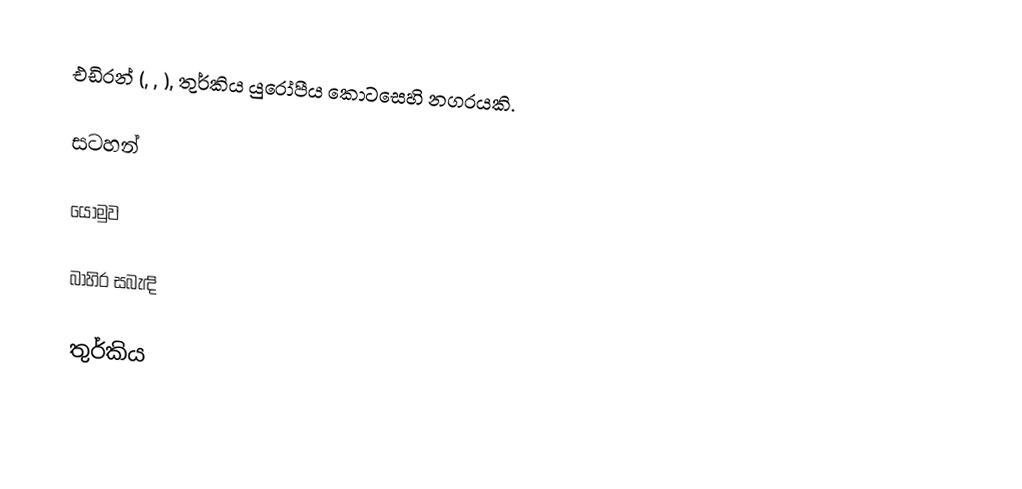
එඩිරන් (, , ), තුර්කිය යුරෝපීය කොටසෙහි නගරයකි.

සටහන්

යොමුව

බාහිර සබැඳි

තුර්කිය